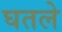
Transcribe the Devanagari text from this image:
घतले